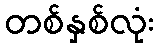
တစ်နှစ်လုံး